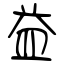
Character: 益